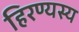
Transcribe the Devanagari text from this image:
हिरण्यस्य